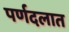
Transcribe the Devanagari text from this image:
पर्णदलात